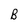
Character: B